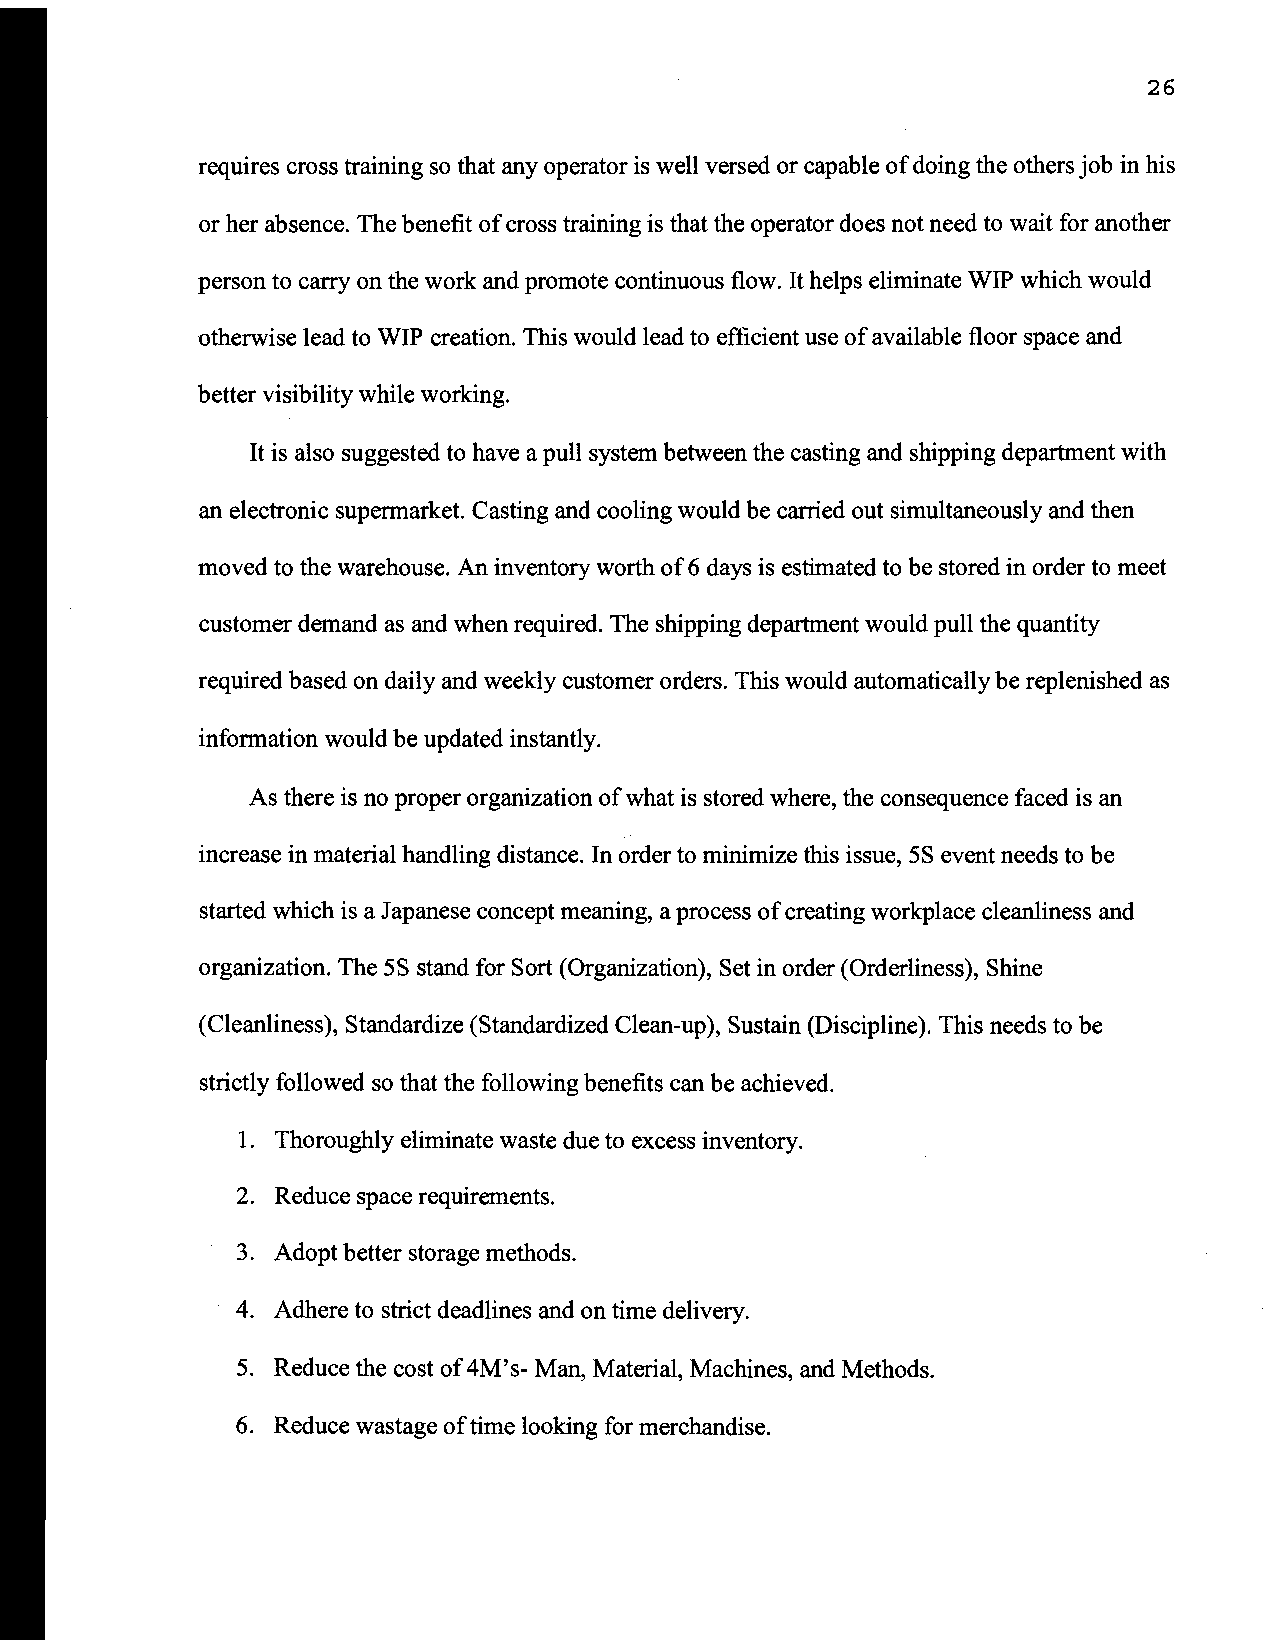
26
 requires cross training so that any operator is well versed or capable of doing the others job in his
 or her absence. The benefit of cross training is that the operator does not need to wait for another
 person to carry on the work and promote continuous flow. It helps eliminate WIP which would
 otherwise lead to WIP creation. This would lead to efficient use of available floor space and
 better visibility while working.
 It is also suggested to have a pull system between the casting and shipping department with
 an electronic supermarket. Casting and cooling would be carried out simultaneously and then
 moved to the warehouse. An inventory worth of 6 days is estimated to be stored in order to meet
 customer demand as and when required. The shipping department would pull the quantity
 required based on daily and weekly customer orders. This would automatically be replenished as
 information would be updated instantly.
 As there is no proper organization of what is stored where, the consequence faced is an
 increase in material handling distance. In order to minimize this issue, 5S event needs to be
 started which is a Japanese concept meaning, a process of creating workplace cleanliness and
 organization. The 5S stand for Sort (Organization), Set in order (Orderliness), Shine
 (Cleanliness), Standardize (Standardized Clean-up), Sustain (Discipline). This needs to be
 strictly followed so that the following benefits can be achieved.
 1. Thoroughly eliminate waste due to excess inventory.
 2. Reduce space requirements.
 3. Adopt better storage methods.
 4. Adhere to strict deadlines and on time delivery.
 5. Reduce the cost of 4M's- Man, Material, Machines, and Methods.
 6. Reduce wastage oftime looking for merchandise.